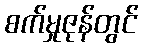
စက်မှုဇုန်တွင်